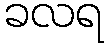
ခလရ